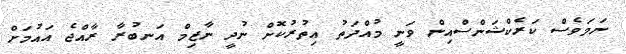
ނަމަވެސް ކަރެކްޝަންސްއިން ވަނީ މުއްދަތު އިތުރުކޮށް ނުދީ ނާޒިމް އަނބުރާ ރާއްޖެ އައުމަށް